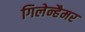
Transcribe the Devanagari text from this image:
गिलेन्हैमर